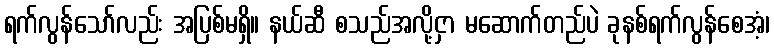
ရက်လွန်သော်လည်း အပြစ်မရှိ။ နယ်ဆီ စသည်အလို့ငှာ မဆောက်တည်ပဲ ခုနစ်ရက်လွန်စေအံ့၊